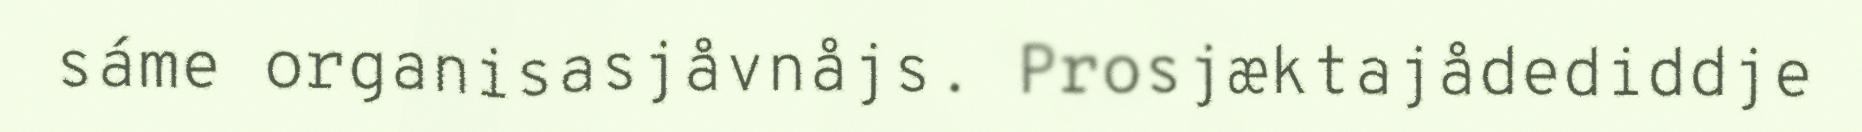
sáme organisasjåvnåjs. Prosjæktajådediddje